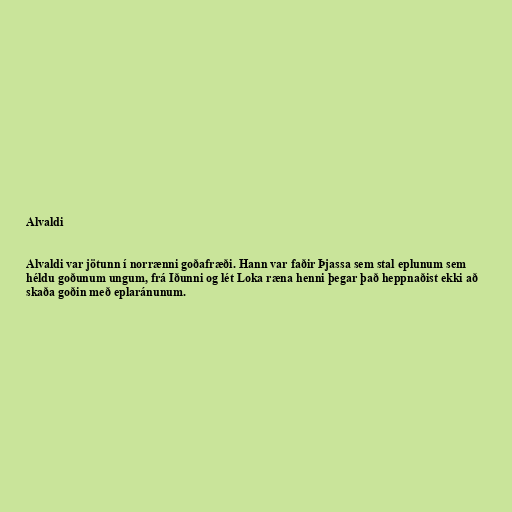
Alvaldi

Alvaldi var jötunn í norrænni goðafræði. Hann var faðir Þjassa sem stal eplunum sem
héldu goðunum ungum, frá Iðunni og lét Loka ræna henni þegar það heppnaðist ekki að
skaða goðin með eplaránunum.